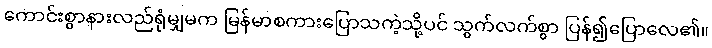
ကောင်းစွာနားလည်ရုံမျှမက မြန်မာစကားပြောသကဲ့သို့ပင် သွက်လက်စွာ ပြန်၍ပြောလေ၏။